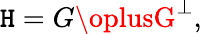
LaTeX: \mathtt{H}=G\oplusG^{\perp},